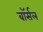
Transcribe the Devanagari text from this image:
बॉर्सल